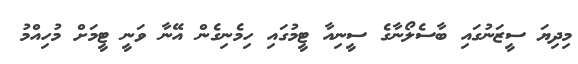
މިދިޔަ ސީޒަނުގައި ބާސެލޯނާގެ ސީނިއާ ޓީމުގައި ހިމެނިގެން އޭނާ ވަނީ ޓީމަށް މުހިއްމު